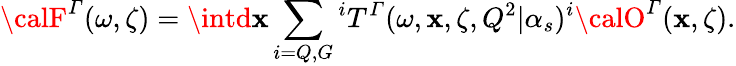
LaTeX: {\calF}^{\mit\Gamma}(\omega,\zeta)=\intd\mathbf{x}\sum_{i=Q,G}{^iT^{\mit\Gamma}}(\omega,\mathbf{x},\zeta,Q^{2}|\alpha_{s}){^i{\calO}^{\mit\Gamma}}(\mathbf{x},\zeta).